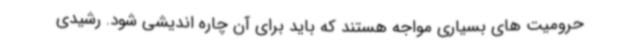
حرومیت های بسیاری مواجه هستند که باید برای آن چاره اندیشی شود. رشیدی